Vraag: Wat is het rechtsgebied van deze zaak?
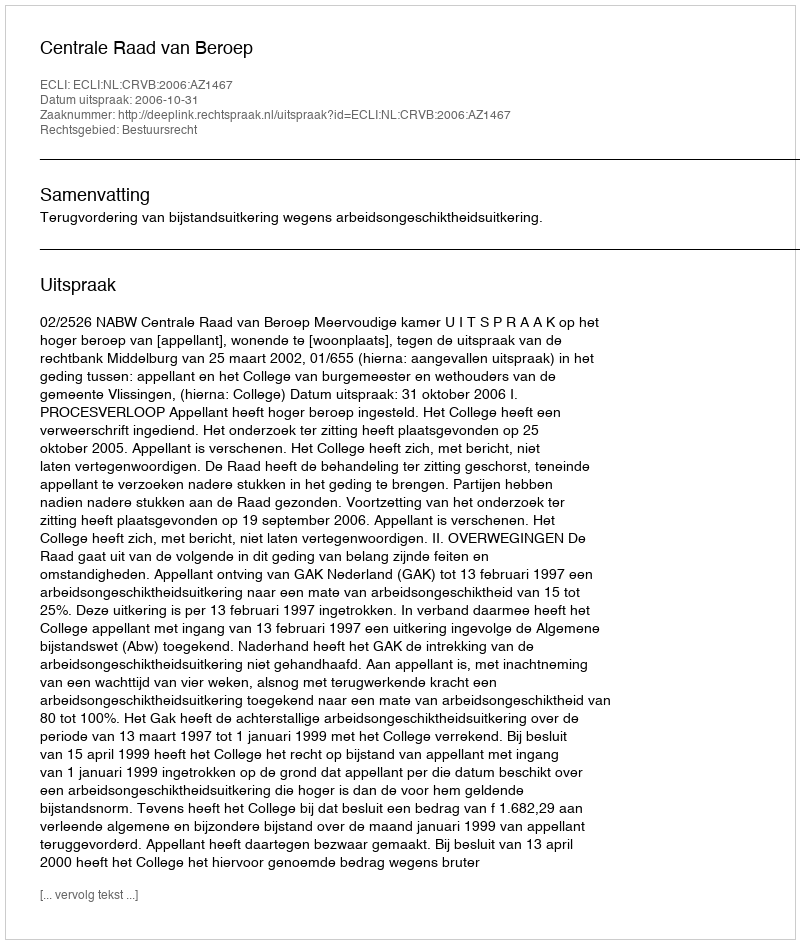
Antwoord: Bestuursrecht